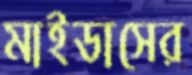
মাইডাসের